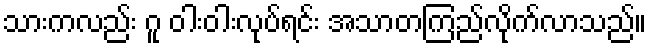
သားကလည်း ဂူ ဝါးဝါးလုပ်ရင်း အသာတကြည်လိုက်လာသည်။